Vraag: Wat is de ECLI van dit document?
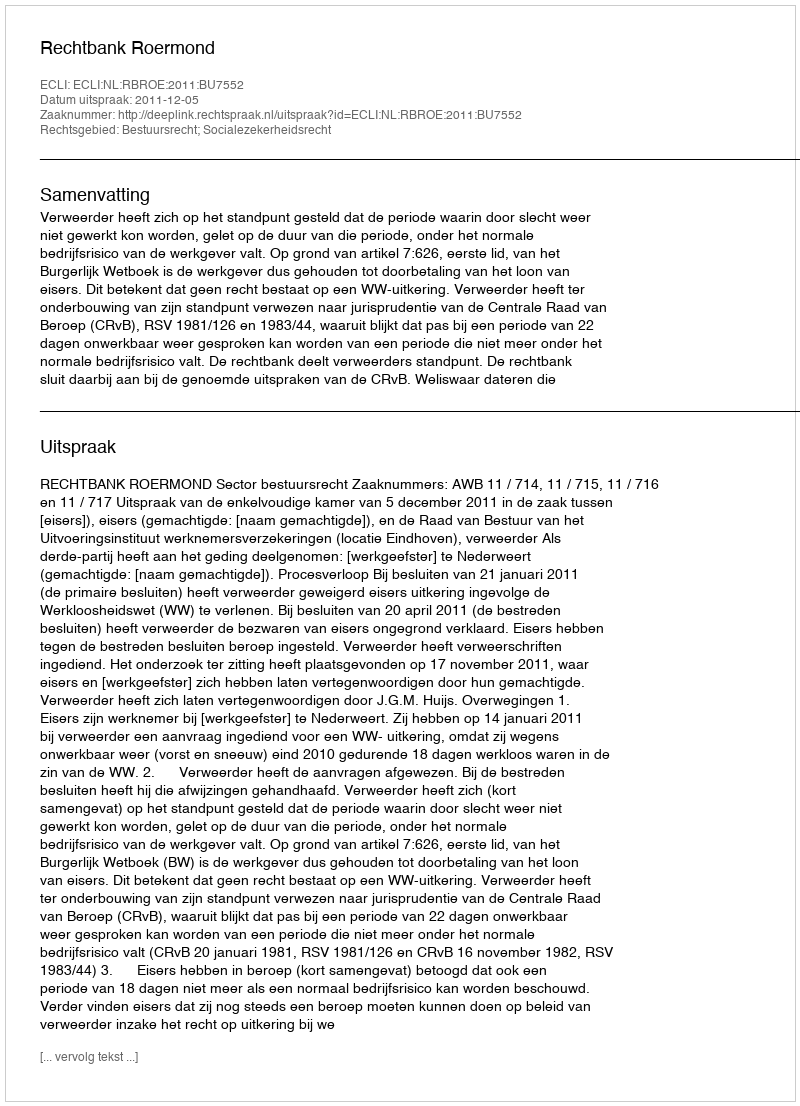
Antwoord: ECLI:NL:RBROE:2011:BU7552